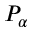
P _ { \alpha }